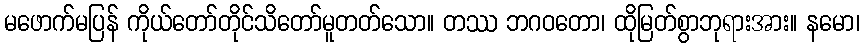
မဖောက်မပြန် ကိုယ်တော်တိုင်သိတော်မူတတ်သော။ တဿ ဘဂဝတော၊ ထိုမြတ်စွာဘုရားအား။ နမော၊